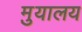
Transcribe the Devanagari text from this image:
मु़यालय